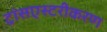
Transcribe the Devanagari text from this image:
ट्रांसएस्टरीकरण